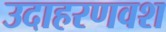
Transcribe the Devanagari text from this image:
उदाहरणवश